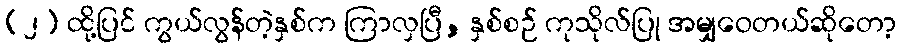
(၂) ထို့ပြင် ကွယ်လွန်တဲ့နှစ်က ကြာလှပြီ, နှစ်စဉ် ကုသိုလ်ပြု အမျှဝေတယ်ဆိုတော့